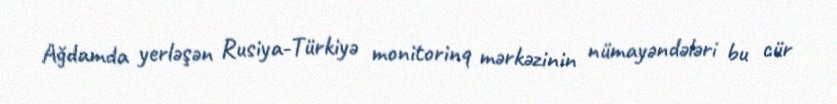
Ağdamda yerləşən Rusiya-Türkiyə monitorinq mərkəzinin nümayəndələri bu cür